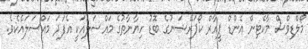
މޯލްޑިވްސް މާކެޓިން އެންޑް ޕީއާރް ކޯޕަރޭޝަނުގެ ބޮޑު ހިޔާނާތުގެ މައްސަލައަކީ އެފަދަ މައްސަލައެކެވެ.